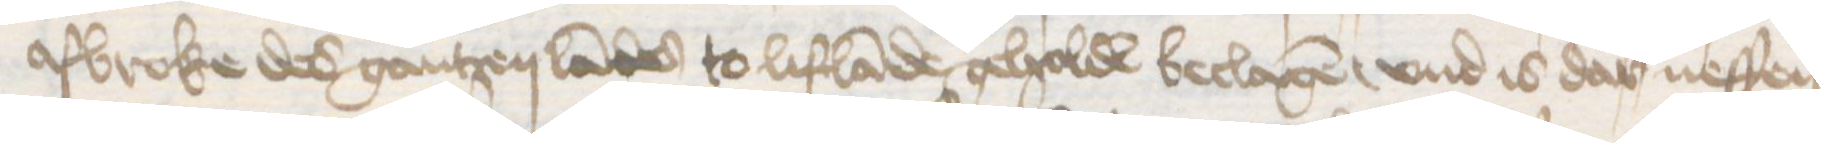
afbroke des gantzen landes to Liflande geholde beclagen, vnd is dar neffen